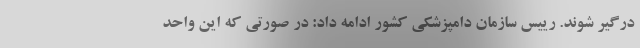
درگیر شوند. رییس سازمان دامپزشکی کشور ادامه داد: در صورتی که این واحد